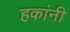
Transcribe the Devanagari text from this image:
हकांनी